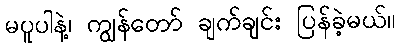
မပူပါနဲ့၊ ကျွန်တော် ချက်ချင်း ပြန်ခဲ့မယ်။